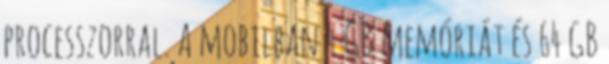
processzorral. A mobilban 4 GB memóriát és 64 GB